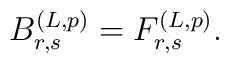
B_{r,s}^{(L,p)} = F_{r,s}^{(L,p)}.